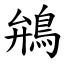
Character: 鴘